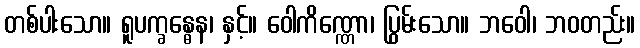
တစ်ပါးသော။ ရူပက္ခန္ဓေန၊ နှင့်။ ဝေါကိဏ္ဏော၊ ပြွမ်းသော။ ဘဝေါ၊ ဘဝတည်း။